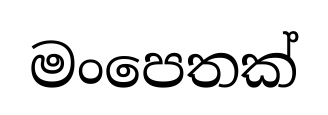
මංපෙතක්